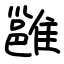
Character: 雝